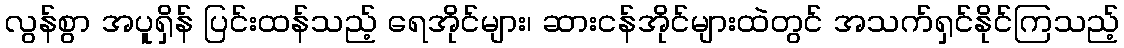
လွန်စွာ အပူရှိန် ပြင်းထန်သည့် ရေအိုင်များ၊ ဆားငန်အိုင်များထဲတွင် အသက်ရှင်နိုင်ကြသည့်